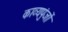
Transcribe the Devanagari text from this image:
काव्यपुंजों